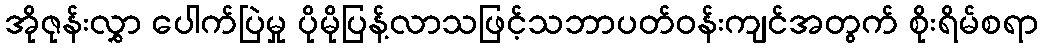
အိုဇုန်းလွှာ ပေါက်ပြဲမှု ပိုမိုပြန့်လာသဖြင့်သဘာပတ်ဝန်းကျင်အတွက် စိုးရိမ်စရာ